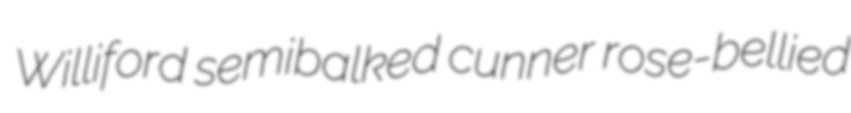
Williford semibalked cunner rose-bellied